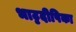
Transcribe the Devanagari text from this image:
भाट्टदीपिका